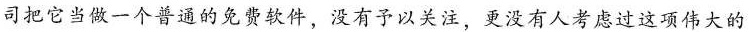
司把它当做一个普通的免费软件，没有予以关注，更没有人考虑过这项伟大的